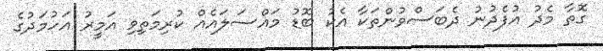
ގޮތާ މެދު އުފެދުނު ދެބަސްވުންތަކާ އެކު ބޮޑު މައްސަލައެއް ކުރިމަތިވި އަމީރު އަހުމަދުގެ